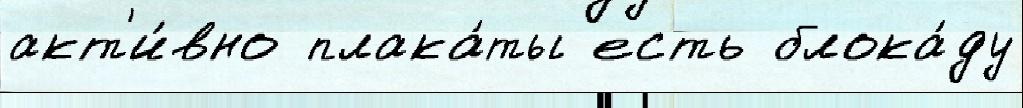
акт'и́вно плака́ты есть блока́ду